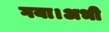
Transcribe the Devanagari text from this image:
गया।अभी